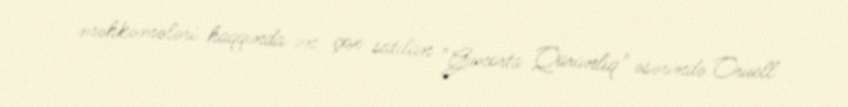
məhkəmələri haqqında ən çox satılan "Günorta Qaranlıq" əsərində Oruell